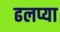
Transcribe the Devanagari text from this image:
ढलप्या